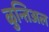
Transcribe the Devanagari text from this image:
ळुन्तिअल